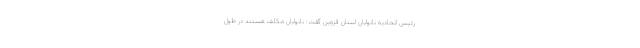
رئیس اتحادیه نانوایان استان قزوین گفت: نانوایان مکلف هستند در طول